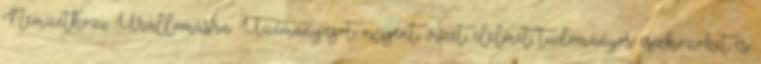
Nemzetközi Űrállomásra. Üzemanyagot, oxigént, vizet, élelmet, tudományos eszközöket és